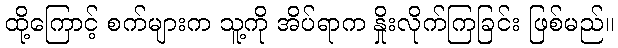
ထို့ကြောင့် စက်များက သူ့ကို အိပ်ရာက နှိုးလိုက်ကြခြင်း ဖြစ်မည်။